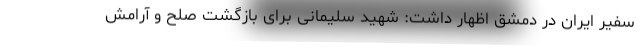
سفیر ایران در دمشق اظهار داشت: شهید سلیمانی برای بازگشت صلح و آرامش